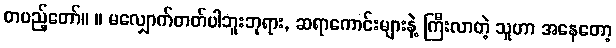
တပည့်တော်။ ။ မလျှောက်တတ်ပါဘူးဘုရား, ဆရာကောင်းများနဲ့ ကြီးလာတဲ့ သူဟာ အနေတော့